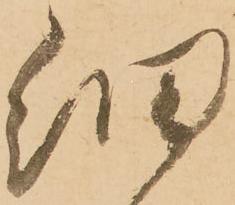
細